Lunatic asylums Central Provinces reports 1886-1894 - 1886-1894
Year: 1886
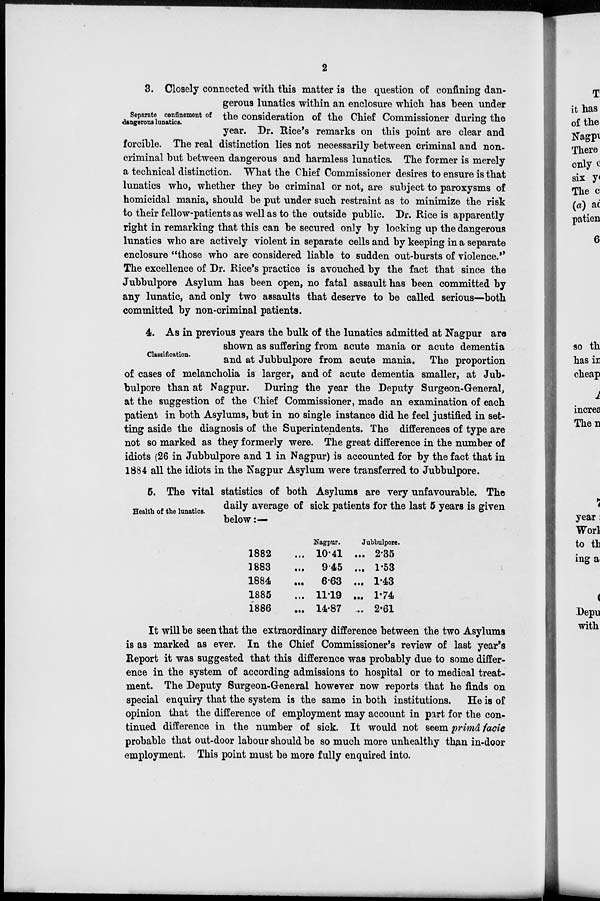
2
Separate confinement of
dangerous lunatics.
3. Closely connected with this matter is the question of confining dan
gerous lunatics within an enclosure which has been under
the consideration of the Chief Commissioner during the
year. Dr. Rice's remarks on this point are clear and
forcible. The real distinction lies not necessarily between criminal and non-
criminal but between dangerous and harmless lunatics. The former is merely
a technical distinction. What the Chief Commissioner desires to ensure is that
lunatics who, whether they be criminal or not, are subject to paroxysms of
homicidal mania, should be put under such restraint as to minimize the risk
to their fellow-patients as well as to the outside public. Dr. Rice is apparenty
right in remarking that this can be secured only by locking up the dangerous
lunatics who are actively violent in separate cells and by keeping in a separate
enclosure "those who are considered liable to sudden out-bursts of violence."
The excellence of Dr. Rice's practice is avouched by the fact that since the
Jubbulpore Asylum has been open, no fatal assault has been committed by
any lunatic, and only two assaults that deserve to be called serious—both
committed by non-criminal patients.
Classification.
4. As in previous years the bulk of the lunatics admitted at Nagpur are
shown as suffering from acute mania or acute dementia
and at Jubbulpore from acute mania. The proportion
of cases of melancholia is larger, and of acute dementia smaller, at Jub-
bulpore than at Nagpur. During the year the Deputy Surgeon-General,
at the suggestion of the Chief Commissioner, made an examination of each
patient in both Asylums, but in no single instance did he feel justified in set-
ting aside the diagnosis of the Superintendents. The differences of type are
not so marked as they formerly were. The great difference in the number of
idiots (26 in Jubbulpore and 1 in Nagpur) is accounted for by the fact that in
1884 all the idiots in the Nagpur Asylum were transferred to Jubbulpore.
Health of the lunatics.
5. The vital statistics of both Asylums are very unfavourable. The
daily average of sick patients for the last 5 years is given
below:—
1882 ...
1883 ...
1884 ...
1885 ...
1886 ...
Nagpur.
10.41 ...
9.45 ...
6.63 ...
11.19 ...
14.87 ...
Jubbulpore.
2.35
1.53
1.43
1.74
2.61
It will be seen that the extraordinary difference between the two Asylums
is as marked as ever. In the Chief Commissioner's review of last year's
Report it was suggested that this difference was probably due to some differ-
ence in the system of according admissions to hospital or to medical treat-
ment. The Deputy Surgeon-General however now reports that he finds on
special enquiry that the system is the same in both institutions. He is of
opinion that the difference of employment may account in part for the con-
tinued difference in the number of sick. It would not seem primâ facie
probable that out-door labour should be so much more unhealthy than in-door
employment. This point must be more fully enquired into.